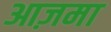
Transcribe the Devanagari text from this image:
आज़मा